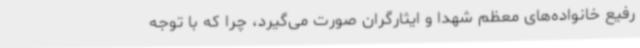
رفیع خانواده‌های معظم شهدا و ایثارگران صورت می‌گیرد، چرا که با توجه